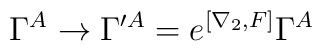
\Gamma^A\to\Gamma^{\prime A}=e^{[\nabla_2, F]}\Gamma^A